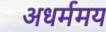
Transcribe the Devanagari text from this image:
अधर्ममय